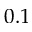
0 . 1